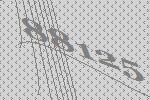
88125